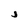
Character: j